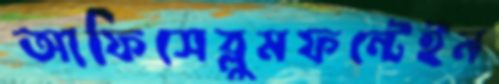
আফিসেব্লুমফন্টেইন